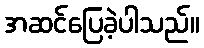
အဆင်ပြေခဲ့ပါသည်။